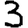
Digit: 3